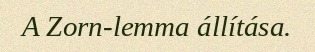
A Zorn-lemma állítása.